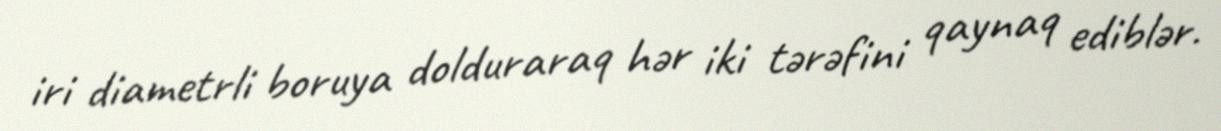
iri diametrli boruya dolduraraq hər iki tərəfini qaynaq ediblər.